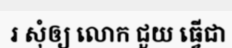
រ សុំឲ្យ លោក ជួយ ធ្វើជា